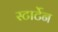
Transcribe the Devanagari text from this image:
स्टार्टेन